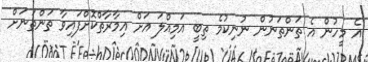
އެ މީހުން އެ ތަންތަނުން ނުނިކުމެ ތިބީ އަމިއްލަ އަށް އިމާރާތްކޮށްފައިވާ ތަންތަނަށް